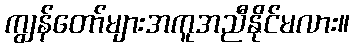
ကျွန်တော်များအကူအညီနိုင်မလား။